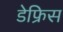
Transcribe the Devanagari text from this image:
डेफ्रिस